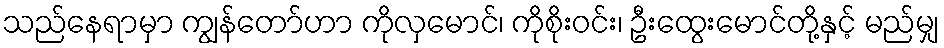
သည်နေရာမှာ ကျွန်တော်ဟာ ကိုလှမောင်၊ ကိုစိုးဝင်း၊ ဦးထွေးမောင်တို့နှင့် မည်မျှ